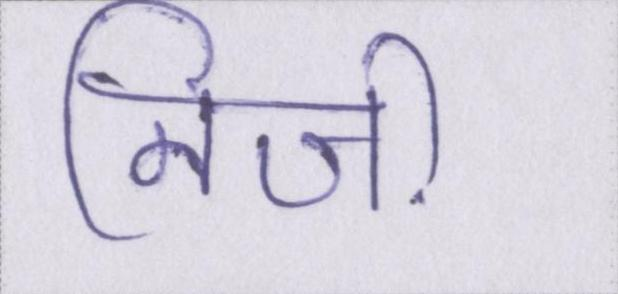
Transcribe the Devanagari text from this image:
निजी